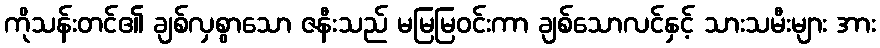
ကိုသန်းတင်၏ ချစ်လှစွာသော ဇနီးသည် မမြမြဝင်းကာ ချစ်သောလင်နှင့် သားသမီးများ အား